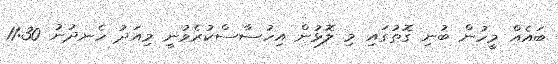
ބައެއް މީހުން ބުނި ގޮތުގައި މި ލޮޅުން އިހުސާސްކުރެވުނީ މިއަދު ހެނދުނު 11:30